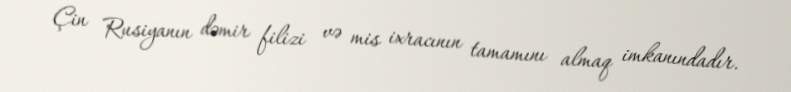
Çin Rusiyanın dəmir filizi və mis ixracının tamamını almaq imkanındadır.